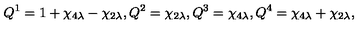
Q ^ { 1 } = 1 + \chi _ { 4 \lambda } - \chi _ { 2 \lambda } , Q ^ { 2 } = \chi _ { 2 \lambda } , Q ^ { 3 } = \chi _ { 4 \lambda } , Q ^ { 4 } = \chi _ { 4 \lambda } + \chi _ { 2 \lambda } ,